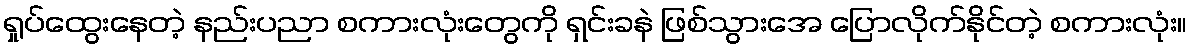
ရှုပ်ထွေးနေတဲ့ နည်းပညာ စကားလုံးတွေကို ရှင်းခနဲ ဖြစ်သွားအေ ပြောလိုက်နိုင်တဲ့ စကားလုံး။